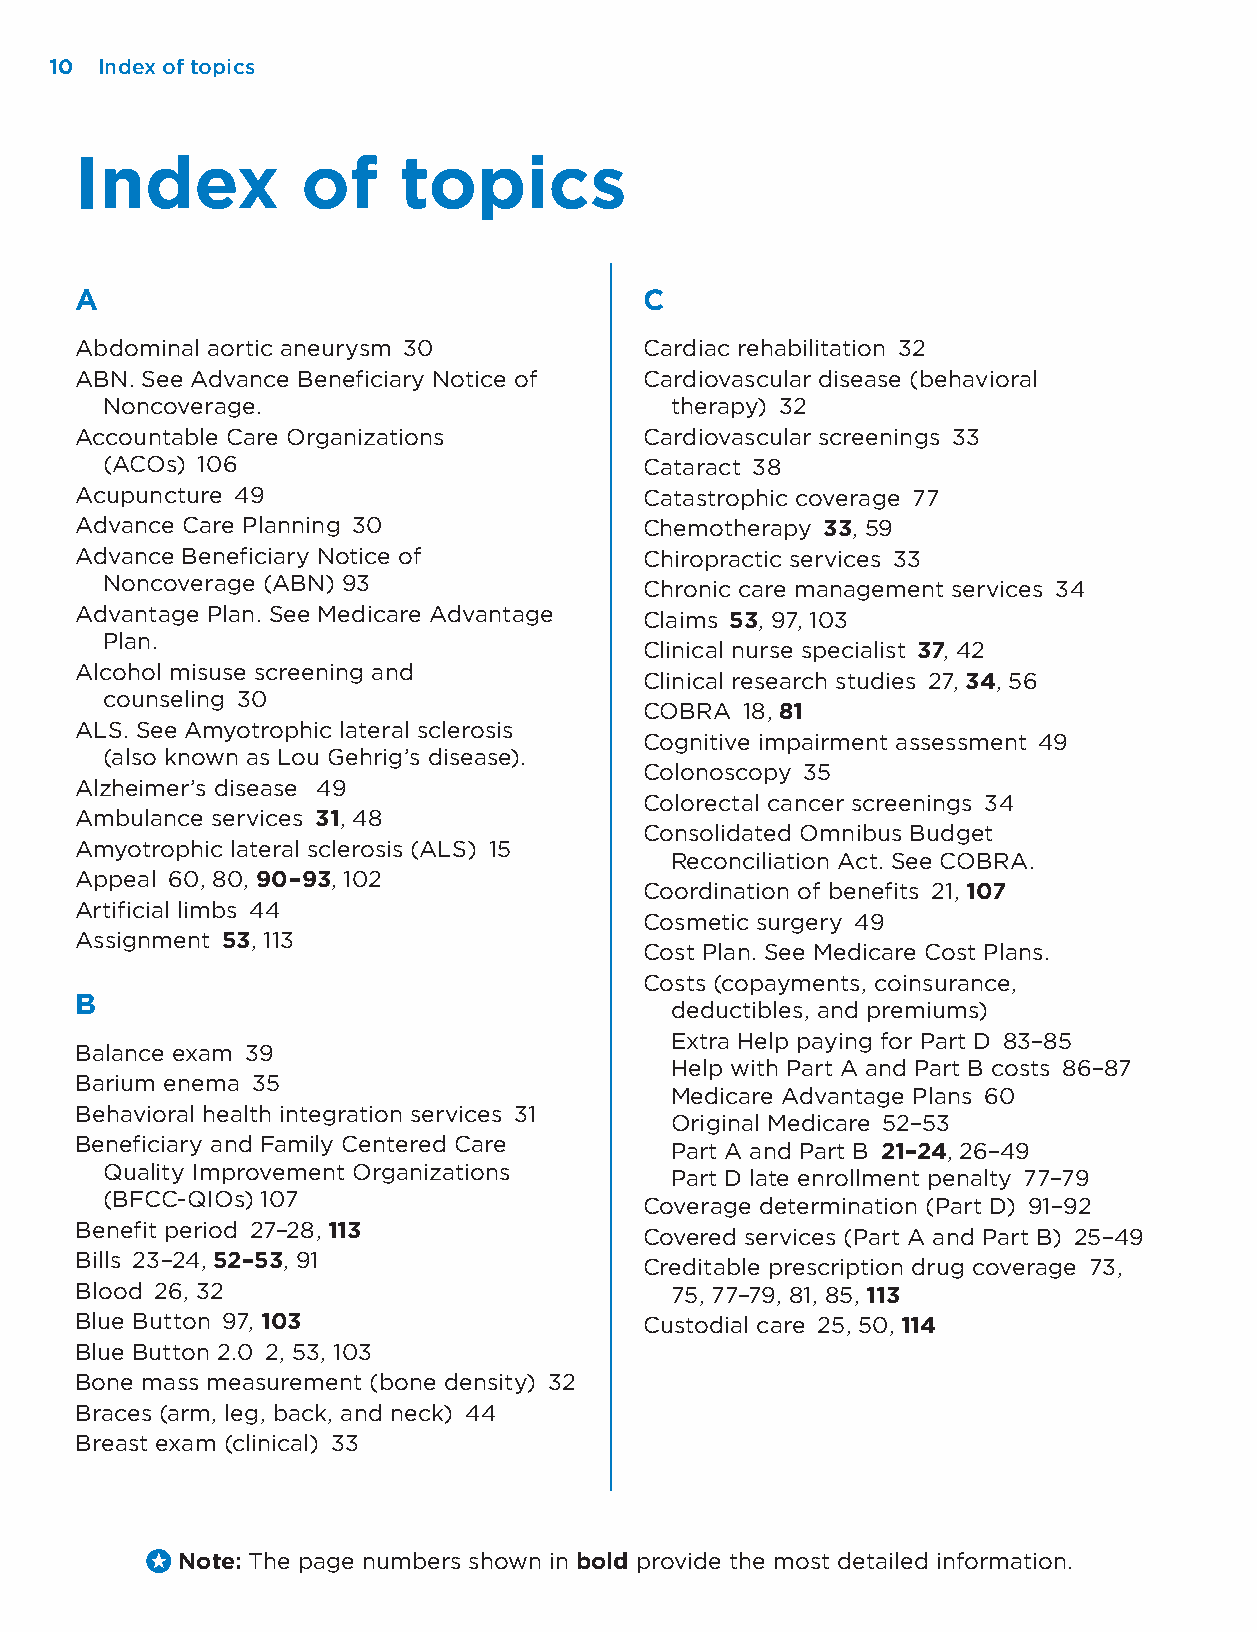
10 Index of topics
 Index          of    topics
 A                                     C
 Abdominal aortic aneurysm 30          Cardiac rehabilitation 32
 ABN. See Advance Beneficiary Notice of Cardiovascular disease (behavioral
 Noncoverage.                         therapy) 32
 Accountable Care Organizations        Cardiovascular screenings 33
 (ACOs) 106                          Cataract 38
 Acupuncture 49                        Catastrophic coverage 77
 Advance Care Planning 30              Chemotherapy 33, 59
 Advance Beneficiary Notice of         Chiropractic services 33
 Noncoverage (ABN) 93                Chronic care management services 34
 Advantage Plan. See Medicare Advantage Claims 53, 97, 103
 Plan.
 Clinical nurse specialist 37, 42
 Alcohol misuse screening and
 Clinical research studies 27, 34, 56
 counseling 30
 COBRA 18, 81
 ALS. See Amyotrophic lateral sclerosis
 Cognitive impairment assessment 49
 (also known as Lou Gehrig’s disease).
 Colonoscopy 35
 Alzheimer’s disease 49
 Colorectal cancer screenings 34
 Ambulance services 31, 48
 Consolidated Omnibus Budget
 Amyotrophic lateral sclerosis (ALS) 15
 Reconciliation Act. See COBRA.
 Appeal 60, 80, 90–93, 102
 Coordination of benefits 21, 107
 Artificial limbs 44
 Cosmetic surgery 49
 Assignment 53, 113
 Cost Plan. See Medicare Cost Plans.
 Costs (copayments, coinsurance,
 B
 deductibles, and premiums)
 Extra Help paying for Part D 83–85
 Balance exam 39
 Help with Part A and Part B costs 86–87
 Barium enema 35
 Medicare Advantage Plans 60
 Behavioral health integration services 31
 Original Medicare 52–53
 Beneficiary and Family Centered Care
 Part A and Part B 21–24, 26–49
 Quality Improvement Organizations
 Part D late enrollment penalty 77–79
 (BFCC-QIOs) 107
 Coverage determination (Part D) 91–92
 Benefit period 27–28, 113             Covered services (Part A and Part B) 25–49
 Bills 23–24, 52–53, 91
 Creditable prescription drug coverage 73,
 Blood 26, 32                           75, 77–79, 81, 85, 113
 Blue Button 97, 103                   Custodial care 25, 50, 114
 Blue Button 2.0 2, 53, 103
 Bone mass measurement (bone density) 32
 Braces (arm, leg, back, and neck) 44
 Breast exam (clinical) 33
 Note: The page numbers shown in bold provide the most detailed information.